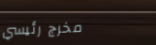
مخرج رئيسي